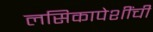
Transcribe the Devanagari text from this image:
लसिकापेशींची